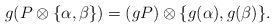
LaTeX: \begin{align*} g(P\otimes \lbrace\alpha,\beta\rbrace)= (gP)\otimes\lbrace g(\alpha), g(\beta)\rbrace. \end{align*}